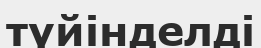
түйінделді